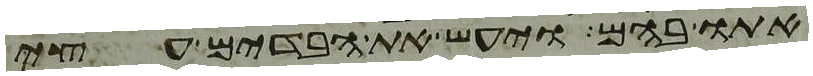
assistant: אתו בהם ויעש את הבדים עצי